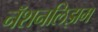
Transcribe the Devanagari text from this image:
नॅशनलिझम